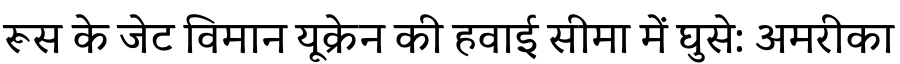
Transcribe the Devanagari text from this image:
रूस के जेट विमान यूक्रेन की हवाई सीमा में घुसे: अमरीका